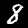
Digit: 8